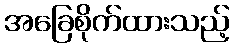
အခြေစိုက်ထားသည့်